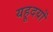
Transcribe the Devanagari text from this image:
यहूदयों